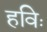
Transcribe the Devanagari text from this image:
हविः